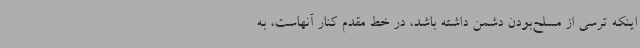
اینکه ترسی از مسلح‌بودن دشمن داشته باشد، در خط مقدم کنار آنهاست، به